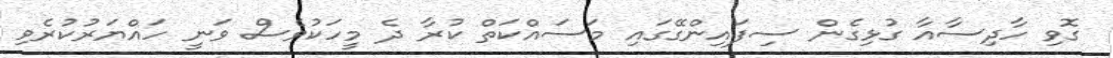
ގޮވި ހާދިސާއާ ގުޅިގެން ސިފައިންގޭގައި މަސައްކަތް ކުރާ ދެ މީހަކުވެސް ވަނީ ހައްޔަރުކުރެވި